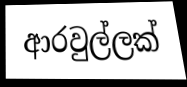
ආරවුල්ලක්